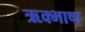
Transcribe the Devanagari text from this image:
ऋक्भाषा